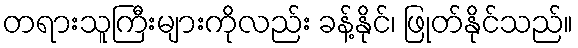
တရားသူကြီးများကိုလည်း ခန့်နိုင်၊ ဖြုတ်နိုင်သည်။